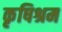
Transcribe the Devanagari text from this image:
कृषिश्रम